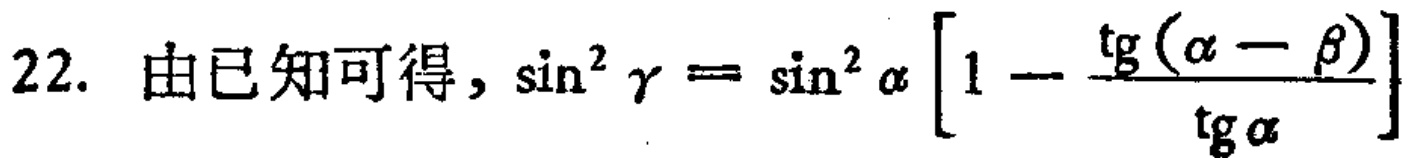
22. 由已知可得, $\sin^{2}\gamma = \sin^{2}\alpha \left[1 - \frac{\mathrm{tg}(\alpha - \beta)}{\mathrm{tg}\alpha}\right]$